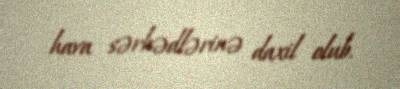
hava sərhədlərinə daxil olub.